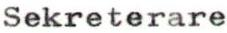
Sekreterare